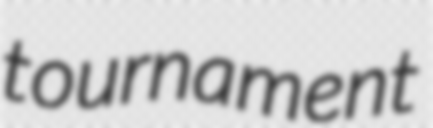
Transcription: tournament